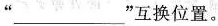
”___”互换位置。